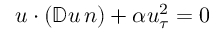
u \cdot ( \mathbb { D } u \, n ) + \alpha u _ { \tau } ^ { 2 } = 0